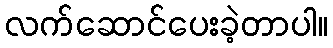
လက်ဆောင်ပေးခဲ့တာပါ။